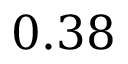
0 . 3 8